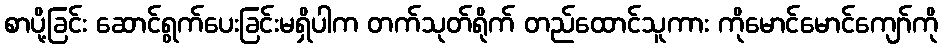
စာပို့ခြင်း ဆောင်ရွက်ပေးခြင်းမရှိပါက တက်သုတ်ရိုက် တည်ထောင်သူကား ကိုမောင်မောင်ကျော်ကို